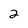
Character: 2